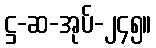
ဋ္ဌ-ဆ-အုပ်-၂၄၅။